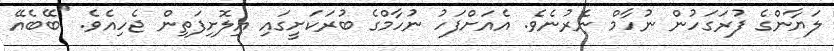
ލަޔާންގެ ފުރަގަހުން ނުހާމް ނެރުނެވެ. އެއަށްފަހު ނުހާމްގެ ބުރަކަށީގައި އިލޮށިފަތިން ޖެހިއެވެ. "ބޭބެއޭ